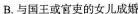
B.与国王或官吏的女儿成婚